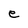
Character: e